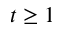
t \geq 1